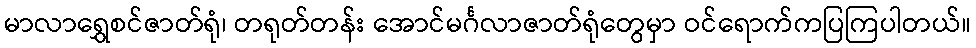
မာလာရွှေစင်ဇာတ်ရုံ၊ တရုတ်တန်း အောင်မင်္ဂလာဇာတ်ရုံတွေမှာ ဝင်ရောက်ကပြကြပါတယ်။